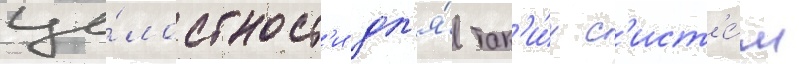
це́лостност'и дл'я́ так'и́х с'ист'е́м